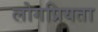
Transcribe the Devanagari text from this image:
लोगप्रियता